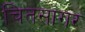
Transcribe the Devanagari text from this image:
चितसागर